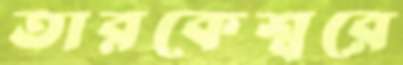
তারকেশ্বরে